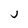
Character: j